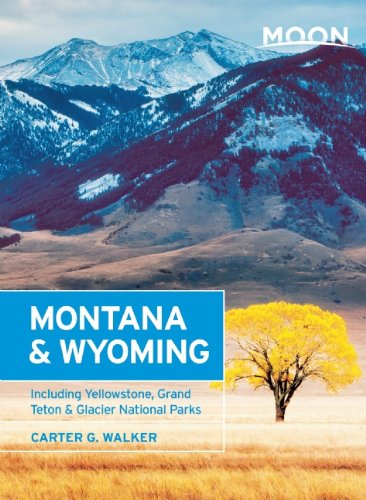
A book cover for Moon Montana & Wyoming: Including Yellowstone, Grand Teton & Glacier National Parks (Moon Handbooks); Carter G. Walker; Travel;